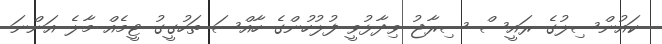
ކައުންސިލުގެ ރައީސް ސިރާޖު ވިދާޅުވީ ފުލުހުންގެ ހާއްސަ ތަހުގީގު ޓީމެއް މާލެ އަންނަ